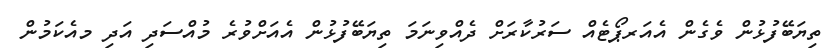
ތިޔަބޭފުޅުން ވެގެން އެއަރޕޯޓެއް ސަރުކާރަށް ދެއްވިނަމަ ތިޔަބޭފުޅުން އެއަށްވުރެ މުއްސަދި އަދި މއެކަމުން